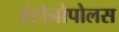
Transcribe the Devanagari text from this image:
एंटोनोपोलस